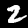
Digit: 2